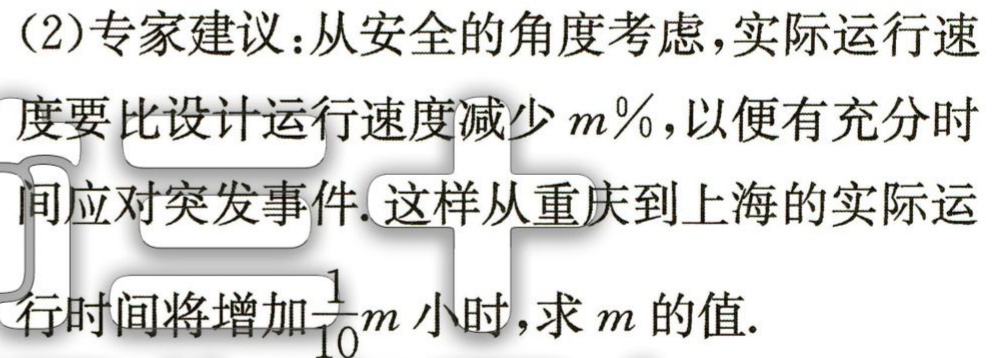
(2)专家建议：从安全的角度考虑，实际运行速

度要比设计运行速度减少\(m\%\)，以便有充分时

间应对突发事件. 这样从重庆到上海的实际运

行时间将增加\(\frac{1}{10}m\)小时，求\(m\)的值.